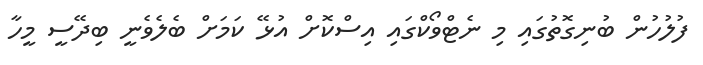
ފުލުހުން ބުނިގޮތުގައި މި ނެޓްވޯކްގައި އިސްކޮށް އުޅޭ ކަމަށް ބެލެވެނީ ބިދޭސީ މީހާ